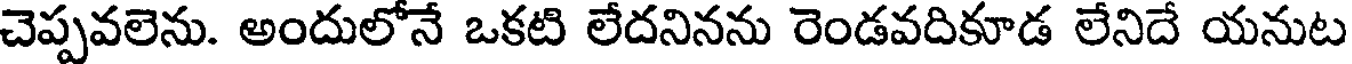
చెప్పవలెను. అందులోనే ఒకటి లేదనినను రెండవదికూడ లేనిదే యనుట